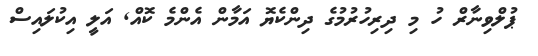
ޕުލްވިނާރް ހު މި ދިރިހުރުމުގެ ދިންކެޔޮ އަމާން އެންމެ ކޮއް